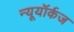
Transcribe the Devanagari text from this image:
न्यूयॉर्कज